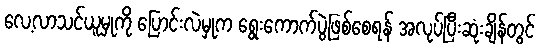
လေ့လာသင်ယူမှုကို ပြောင်းလဲမှုက ရွေးကောက်ပွဲဖြစ်စေရန် အလုပ်ပြီးဆုံးချိန်တွင်